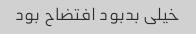
خیلی بدبود افتضاح بود